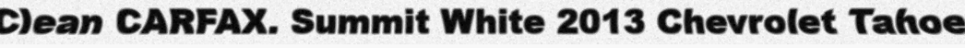
Clean CARFAX. Summit White 2013 Chevrolet Tahoe